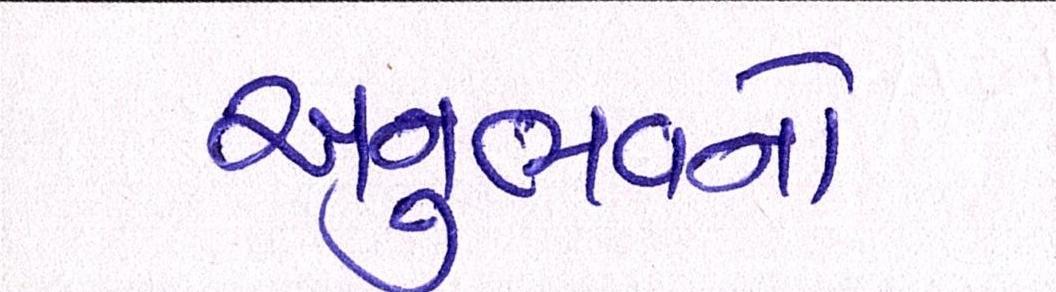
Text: અનુભવનો